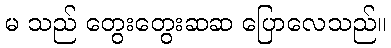
မ သည် တွေးတွေးဆဆ ပြောလေသည်။